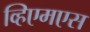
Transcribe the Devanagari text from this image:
व्हिएमएस